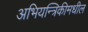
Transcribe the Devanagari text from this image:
अभियन्त्रिकीमधील